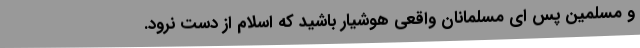
و مسلمین پس ای مسلمانان واقعی هوشیار باشید که اسلام از دست نرود.